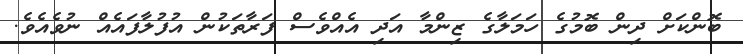
ބޮންކަށް ދިން ބޮމުގެ ހަމަލާގެ ޒިންމާ އަދި އެއްވެސް ފަރާތަކުން އުފުލާފައެއް ނުވެއެވެ.